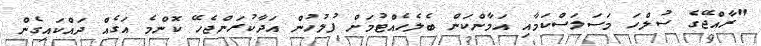
"ރާއްޖޭގެ ސުލްހަ މަސަލަސްކަމާއި އަމާންކަން ބެލެހެއްޓުމަށް ފުލުހުން އަދާކުރަންޖެހޭ ކޮންމެ އަގެއް ދައްކައިގެން